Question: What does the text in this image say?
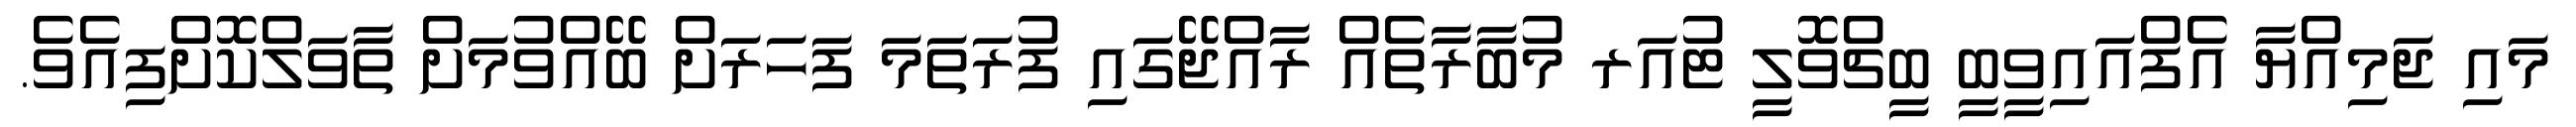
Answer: މައި ޖަމިއްޔާ އެފްއައިވީބީ ބީޗްވޮލީ ޓުއަރ މުބާރާތެއް ރާއްޖޭގައި ފުރަތަމަ ފަހަރަށް ބޭއްވުމަށް ތާވަލްކޮށްފިއެވެ.